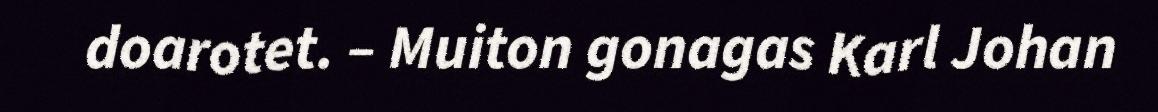
doarotet. – Muiton gonagas Karl Johan